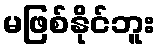
မဖြစ်နိုင်ဘူး